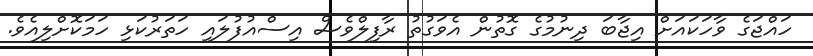
ހައްޖަގެ ވާހަކައަށް އިޖާބަ ދިނުމުގެ ގޮތުން އެވަގުތު ރާފިލްވެސް އިސްއުފުލައި ހަތަރުކަޅި ހަމަކޮށްލިއެވެ.